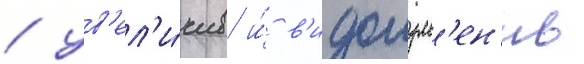
/ ув'ел'и́чив и́ в'идоизм'ен'ив